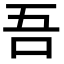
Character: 吾